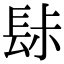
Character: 䦊